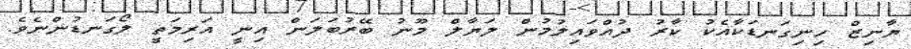
ޔާނިޒް ހިނިގަނޑަކާއެކު ކާރު ދުއްވައިލުމުން ލަޔާލް މޫނު ބޭރުބަލަން އިނީ އަރިމަތީ ލޯގަނޑުންނެވެ.